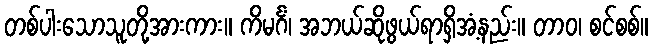
တစ်ပါးသောသူတို့အားကား။ ကိမင်္ဂံ၊ အဘယ်ဆိုဖွယ်ရာရှိအံ့နည်း။ တာဝ၊ စင်စစ်။